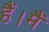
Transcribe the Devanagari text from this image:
हैं।मैं